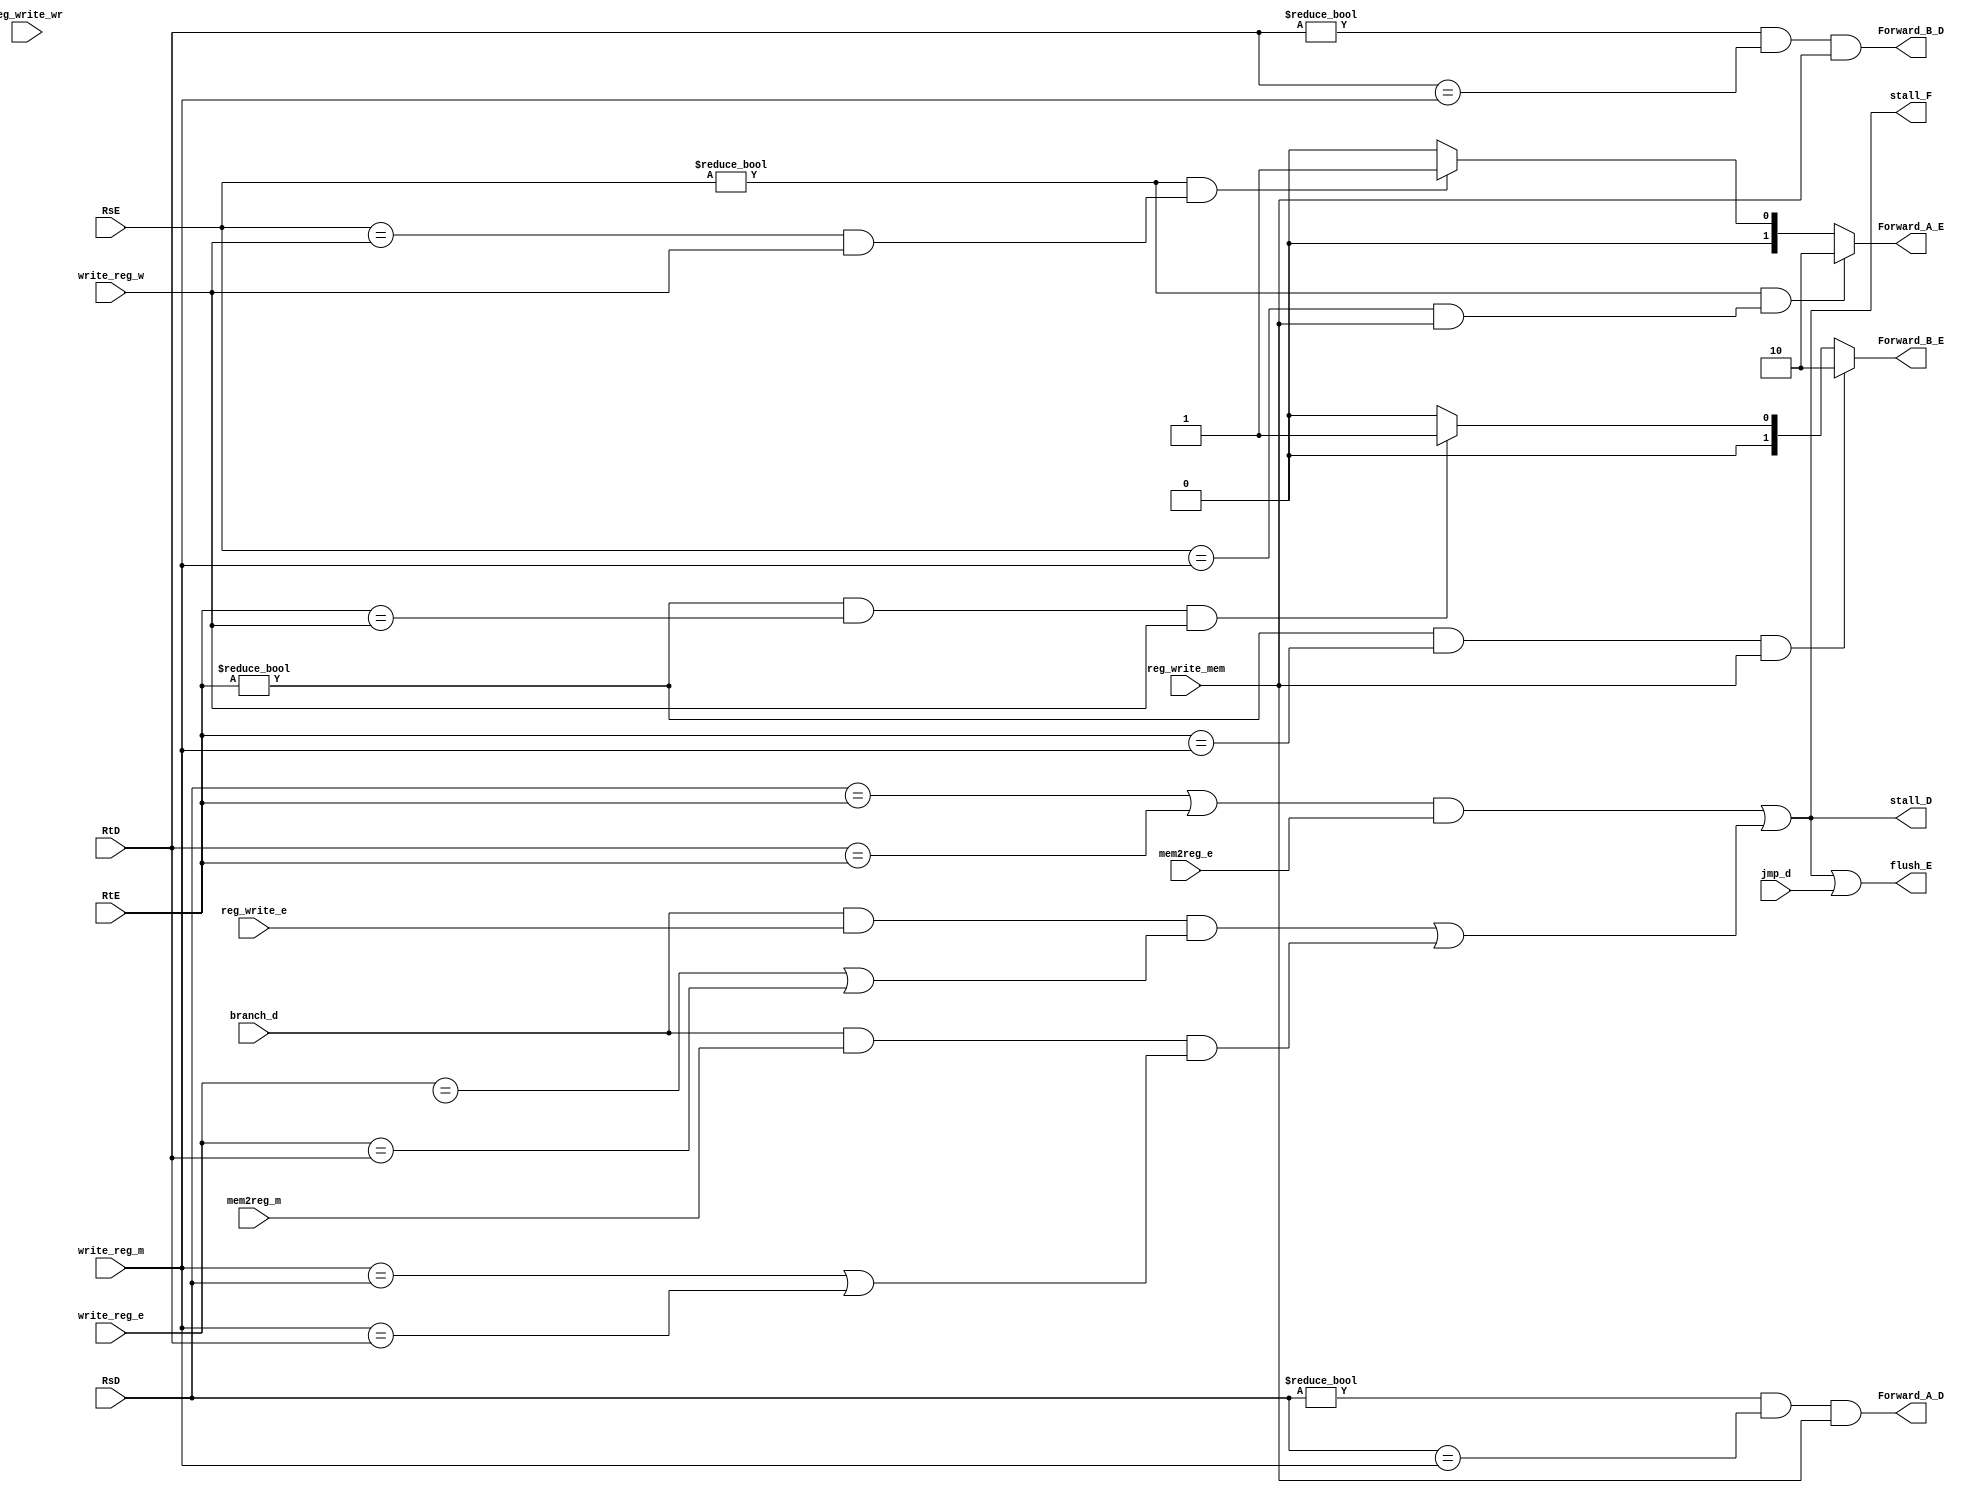
module hazard_unit 
#(parameter op_width=5,mux_sel=2)
(
    input branch_d, //branch @ decode stage
    input jmp_d,
 input [op_width-1:0] RsE, //Operand 1 @Execution stage (source)
 input [op_width-1:0] RtE,//Operand 2  @Execution stage(source)

 input [op_width-1:0] RsD, //Operand 1 @Decode stage (source)
 input [op_width-1:0] RtD,//Operand 2  @Decode stage(source)

 input [op_width-1:0] write_reg_m ,// destenation @ memory stage 
 input [op_width-1:0] write_reg_w ,// destenation @ write stage 
  input [op_width-1:0] write_reg_e ,// destenation @ decode stage 
 input reg_write_mem, //Reg_File WE @ mem stage 
 input reg_write_wr,//Reg_File WE @ write_back stage 
 input reg_write_e, ////Reg_File WE @ execution  stage 
 input mem2reg_e, //control signal directs signal from d_mem to reg_file[gets high @ lw instruction] @ execution stage 
 input mem2reg_m, //
//
//*******outputs****
// For forwarding
output reg [mux_sel-1:0] Forward_A_E, // Forwarding to In_1 to alu @ execute stage 
output reg [mux_sel-1:0] Forward_B_E, // Forwarding to In_2to alu  @ execute stage
output  Forward_A_D, // Forwarding to out1 reg_file  @ decode stage 
output  Forward_B_D, // Forwarding to In_2to alu     @ decode stage 
//for stalling 
output stall_F , //stalling fetching stage
output stall_D,//stalling decode stage
output flush_E//to flush execute stage 

);
//internal signals 
wire lw_stall;
wire branch;
//assignments for stalling
assign lw_stall=((RsD==RtE) || (RtD==RtE)) && mem2reg_e ;
assign branch=((branch_d & reg_write_e & ((write_reg_e == rRsDsD) | (write_reg_e == RtD))) | (branch_d & mem2reg_m & ((write_reg_m == RsD) | (write_reg_m == RtD))));;

assign stall_F=lw_stall||branch;
assign stall_D=lw_stall||branch;
assign flush_E=lw_stall||branch||jmp_d;
//forwarding @ decode stage
assign Forward_A_D = ((RsD!=0)&&(RsD==write_reg_m)&&reg_write_mem);
assign Forward_B_D = ((RtD!=0)&&(RtD==write_reg_m)&&reg_write_mem);
//parameters 
localparam [mux_sel-1:0] reg_file=2'b00;//regular path from reg_file
localparam [mux_sel-1:0] forward_wr=2'b01; 
localparam [mux_sel-1:0] forward_mem=2'b10;//forwarding from mem_stage

//**************Forwarding**************** 
//forwarding @  in_1 to alu
always @ (*)begin
    if((RsE!=0)&&((RsE==write_reg_m)&&reg_write_mem ))
    Forward_A_E=forward_mem;
    else if  ((RsE!=0)&&((RsE==write_reg_w)&&write_reg_w ))
     Forward_A_E=forward_wr;
     else 
     Forward_A_E=reg_file;
end
//forwarding @  in_2 to alu
always @ (*)begin
    if((RtE!=0)&&(RtE==write_reg_m)&&reg_write_mem )
    Forward_B_E=forward_mem;
    else if  ((RtE!=0)&&(RtE==write_reg_w)&&write_reg_w )
     Forward_B_E=forward_wr;
     else 
     Forward_B_E=reg_file;
end


endmodule